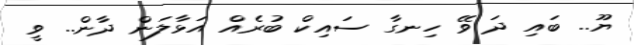
ޔޫ.. ބައި ދަ ވޭ ހިނގާ ސައިކް ބުރެއް އަޅާލަން ދާން.. ވީ